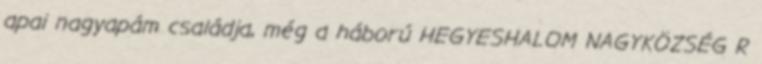
apai nagyapám családja, még a háború HEGYESHALOM NAGYKÖZSÉG R